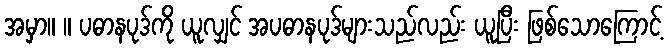
အမှာ။ ။ ပဓာနပုဒ်ကို ယူလျှင် အပဓာနပုဒ်များသည်လည်း ယူပြီး ဖြစ်သောကြောင့်